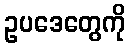
ဥပဒေတွေကို